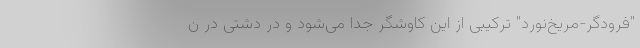
"فرودگر-مریخ‌نورد" ترکیبی از این کاوشگر جدا می‌شود و در دشتی در ن